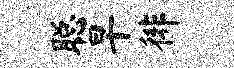
聪早徘